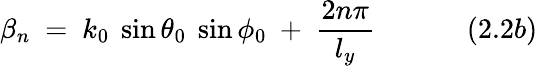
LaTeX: \beta_{n}~=~k_{0}~\sin\theta_{0}~\sin\phi_{0}~+~{\frac{2n\pi}{l_{y}}}~~~~~~~~~~~~~(2.2b)